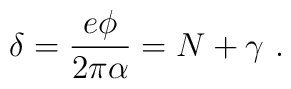
\delta=\frac{e\phi}{2\pi \alpha}=N+\gamma \ .